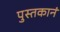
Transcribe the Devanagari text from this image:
पुस्तकानं